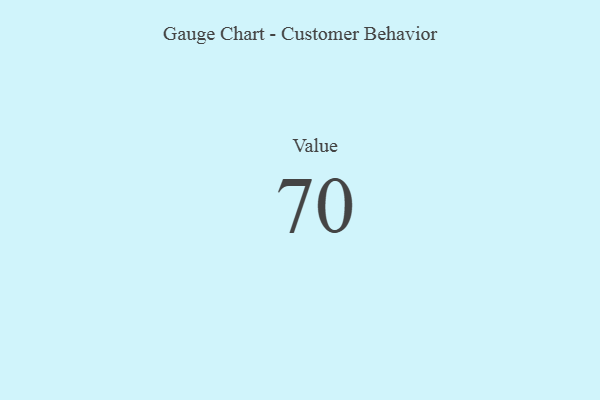
{"axis": {"x": "Metric", "y": "Value"}, "legend": [""], "data": [{"x": "Value", "y": 70, "type": ""}]}